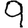
Digit: 9